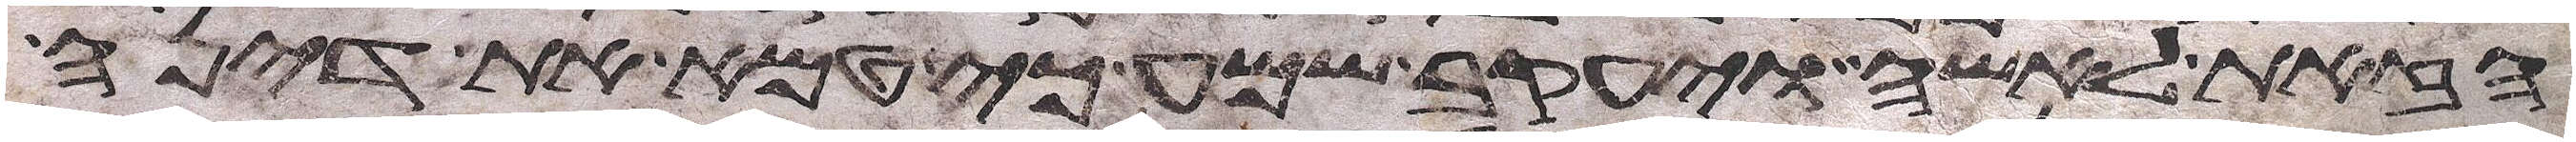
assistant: הזאת לאשה ויעקב שמע כי טמא את דינה